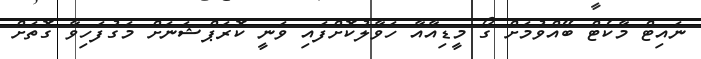
ނައިޓް މާކެޓް ބޭއްވުމަށް ގޯ މީޑިއާއާ ހަވާލުކޮށްފައި ވަނީ ކޮރަޕްޝަނަށް މަގުފަހިވާ ގޮތަށް